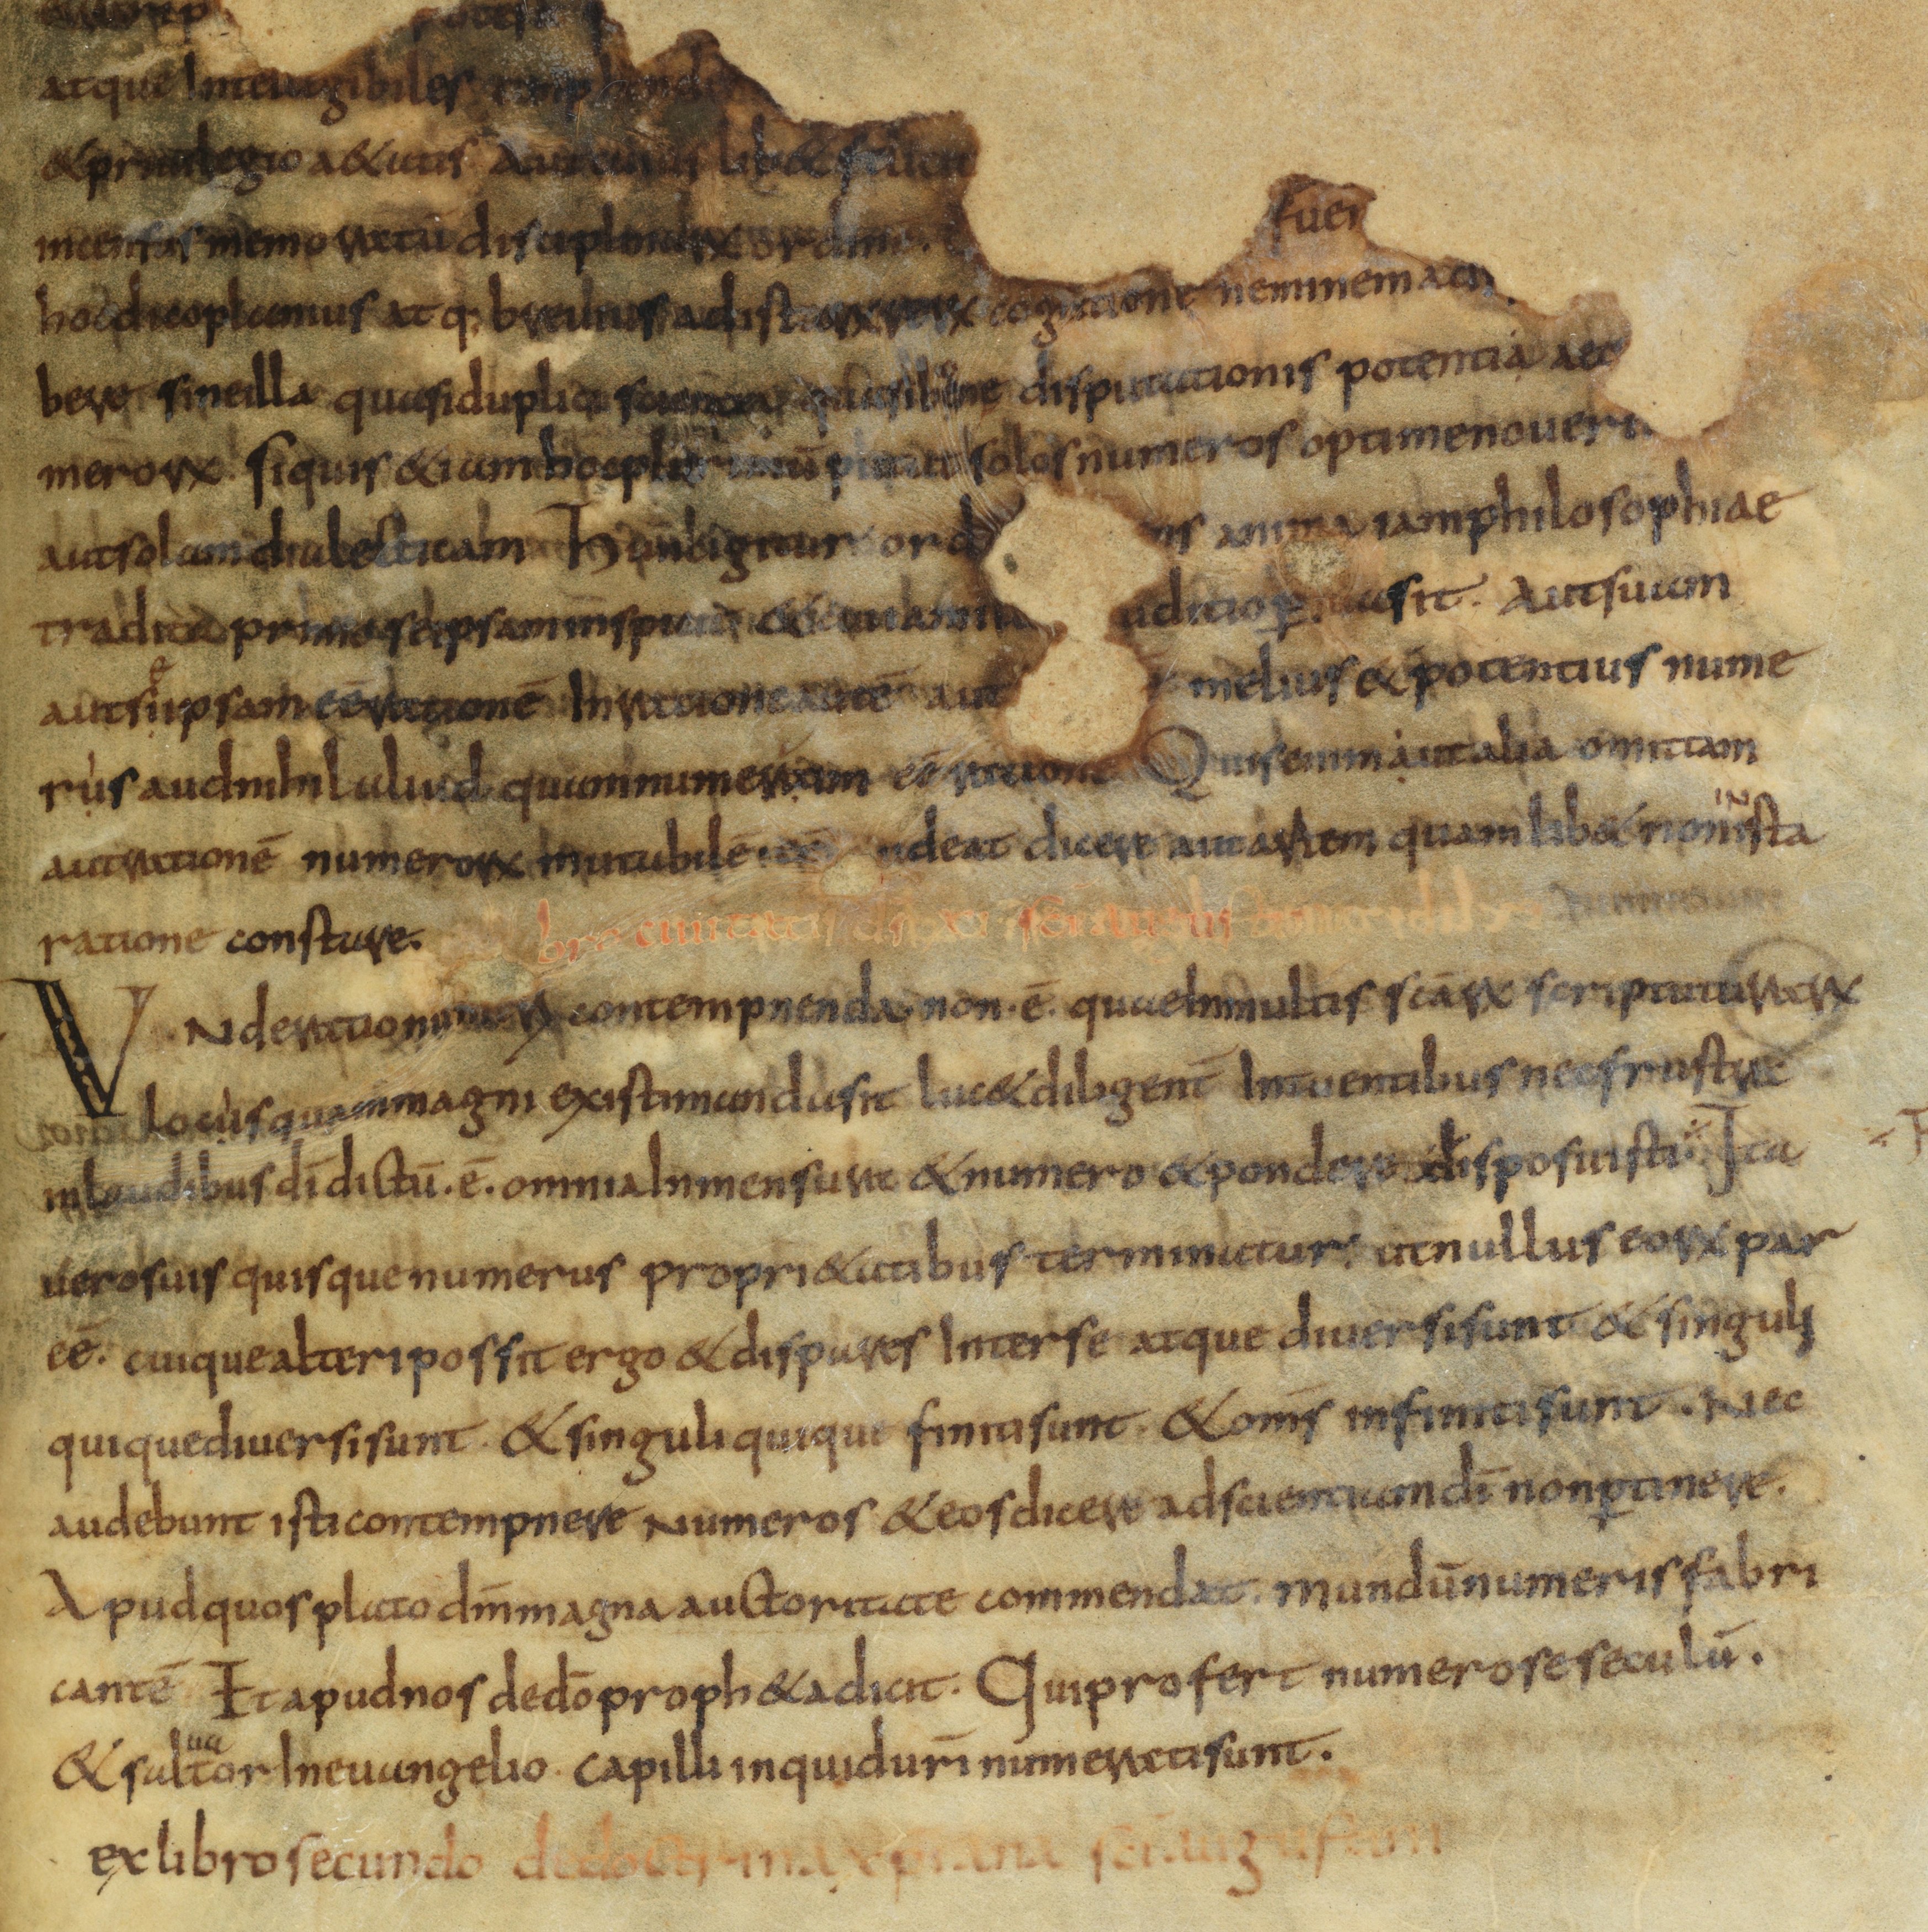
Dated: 825–849